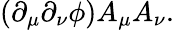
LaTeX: \left(\partial_{\mu}\partial_{\nu}\phi\right)A_{\mu}A_{\nu}.